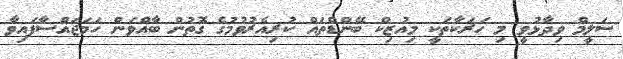
ސަލީމް ވިދާޅުވީ މި ހަރަކާތަކީ މިއުޒިކް ބޭންޑްތައް ކުރިއެރުވުމުގެ ގޮތުން ބާއްވަން ހަމަޖައްސާފައިވާ